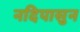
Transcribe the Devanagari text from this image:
नदिपासुन